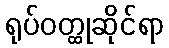
ရုပ်ဝတ္ထုဆိုင်ရာ